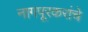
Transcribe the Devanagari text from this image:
नागपूरकरांचे